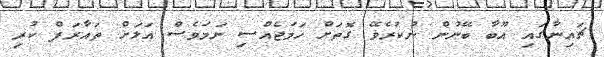
ޗައިނާގައި އޫބާ ބޭނުން ނުކުރެވޭ ގޮތަށް ހަމަޖެއްސި ނަމަވެސް އަލަށް ތައާރަފް ކުރި